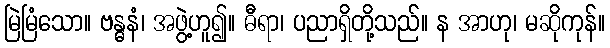
မြဲမြံသော။ ဗန္ဓနံ၊ အဖွဲ့ဟူ၍။ ဓီရာ၊ ပညာရှိတို့သည်။ န အာဟု၊ မဆိုကုန်။